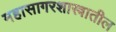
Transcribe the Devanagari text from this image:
महासागरशास्त्रातील